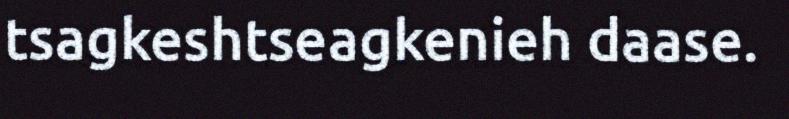
tsagkeshtseagkenieh daase.